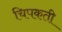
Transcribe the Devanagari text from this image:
चिपकती